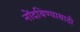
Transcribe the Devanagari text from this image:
नोंदविण्यासाठी